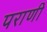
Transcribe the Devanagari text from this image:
पराणी